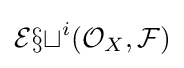
{\mathcal {Ext}}^{i}({\mathcal {O}}_{X},{\mathcal {F}})